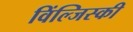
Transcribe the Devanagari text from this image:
विंल्जिस्की